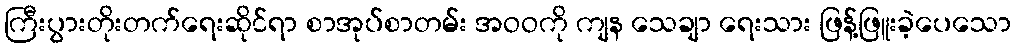
ကြီးပွားတိုးတက်ရေးဆိုင်ရာ စာအုပ်စာတမ်း အဝဝကို ကျန သေချာ ရေးသား ဖြန့်ဖြူးခဲ့ပေသော